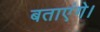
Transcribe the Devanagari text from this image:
बताएंगे।